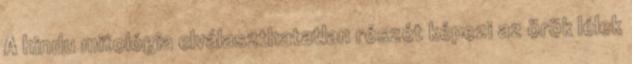
A hindu mitológia elválaszthatatlan részét képezi az örök lélek